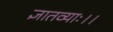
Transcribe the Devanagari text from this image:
ज्ञातव्याः।।